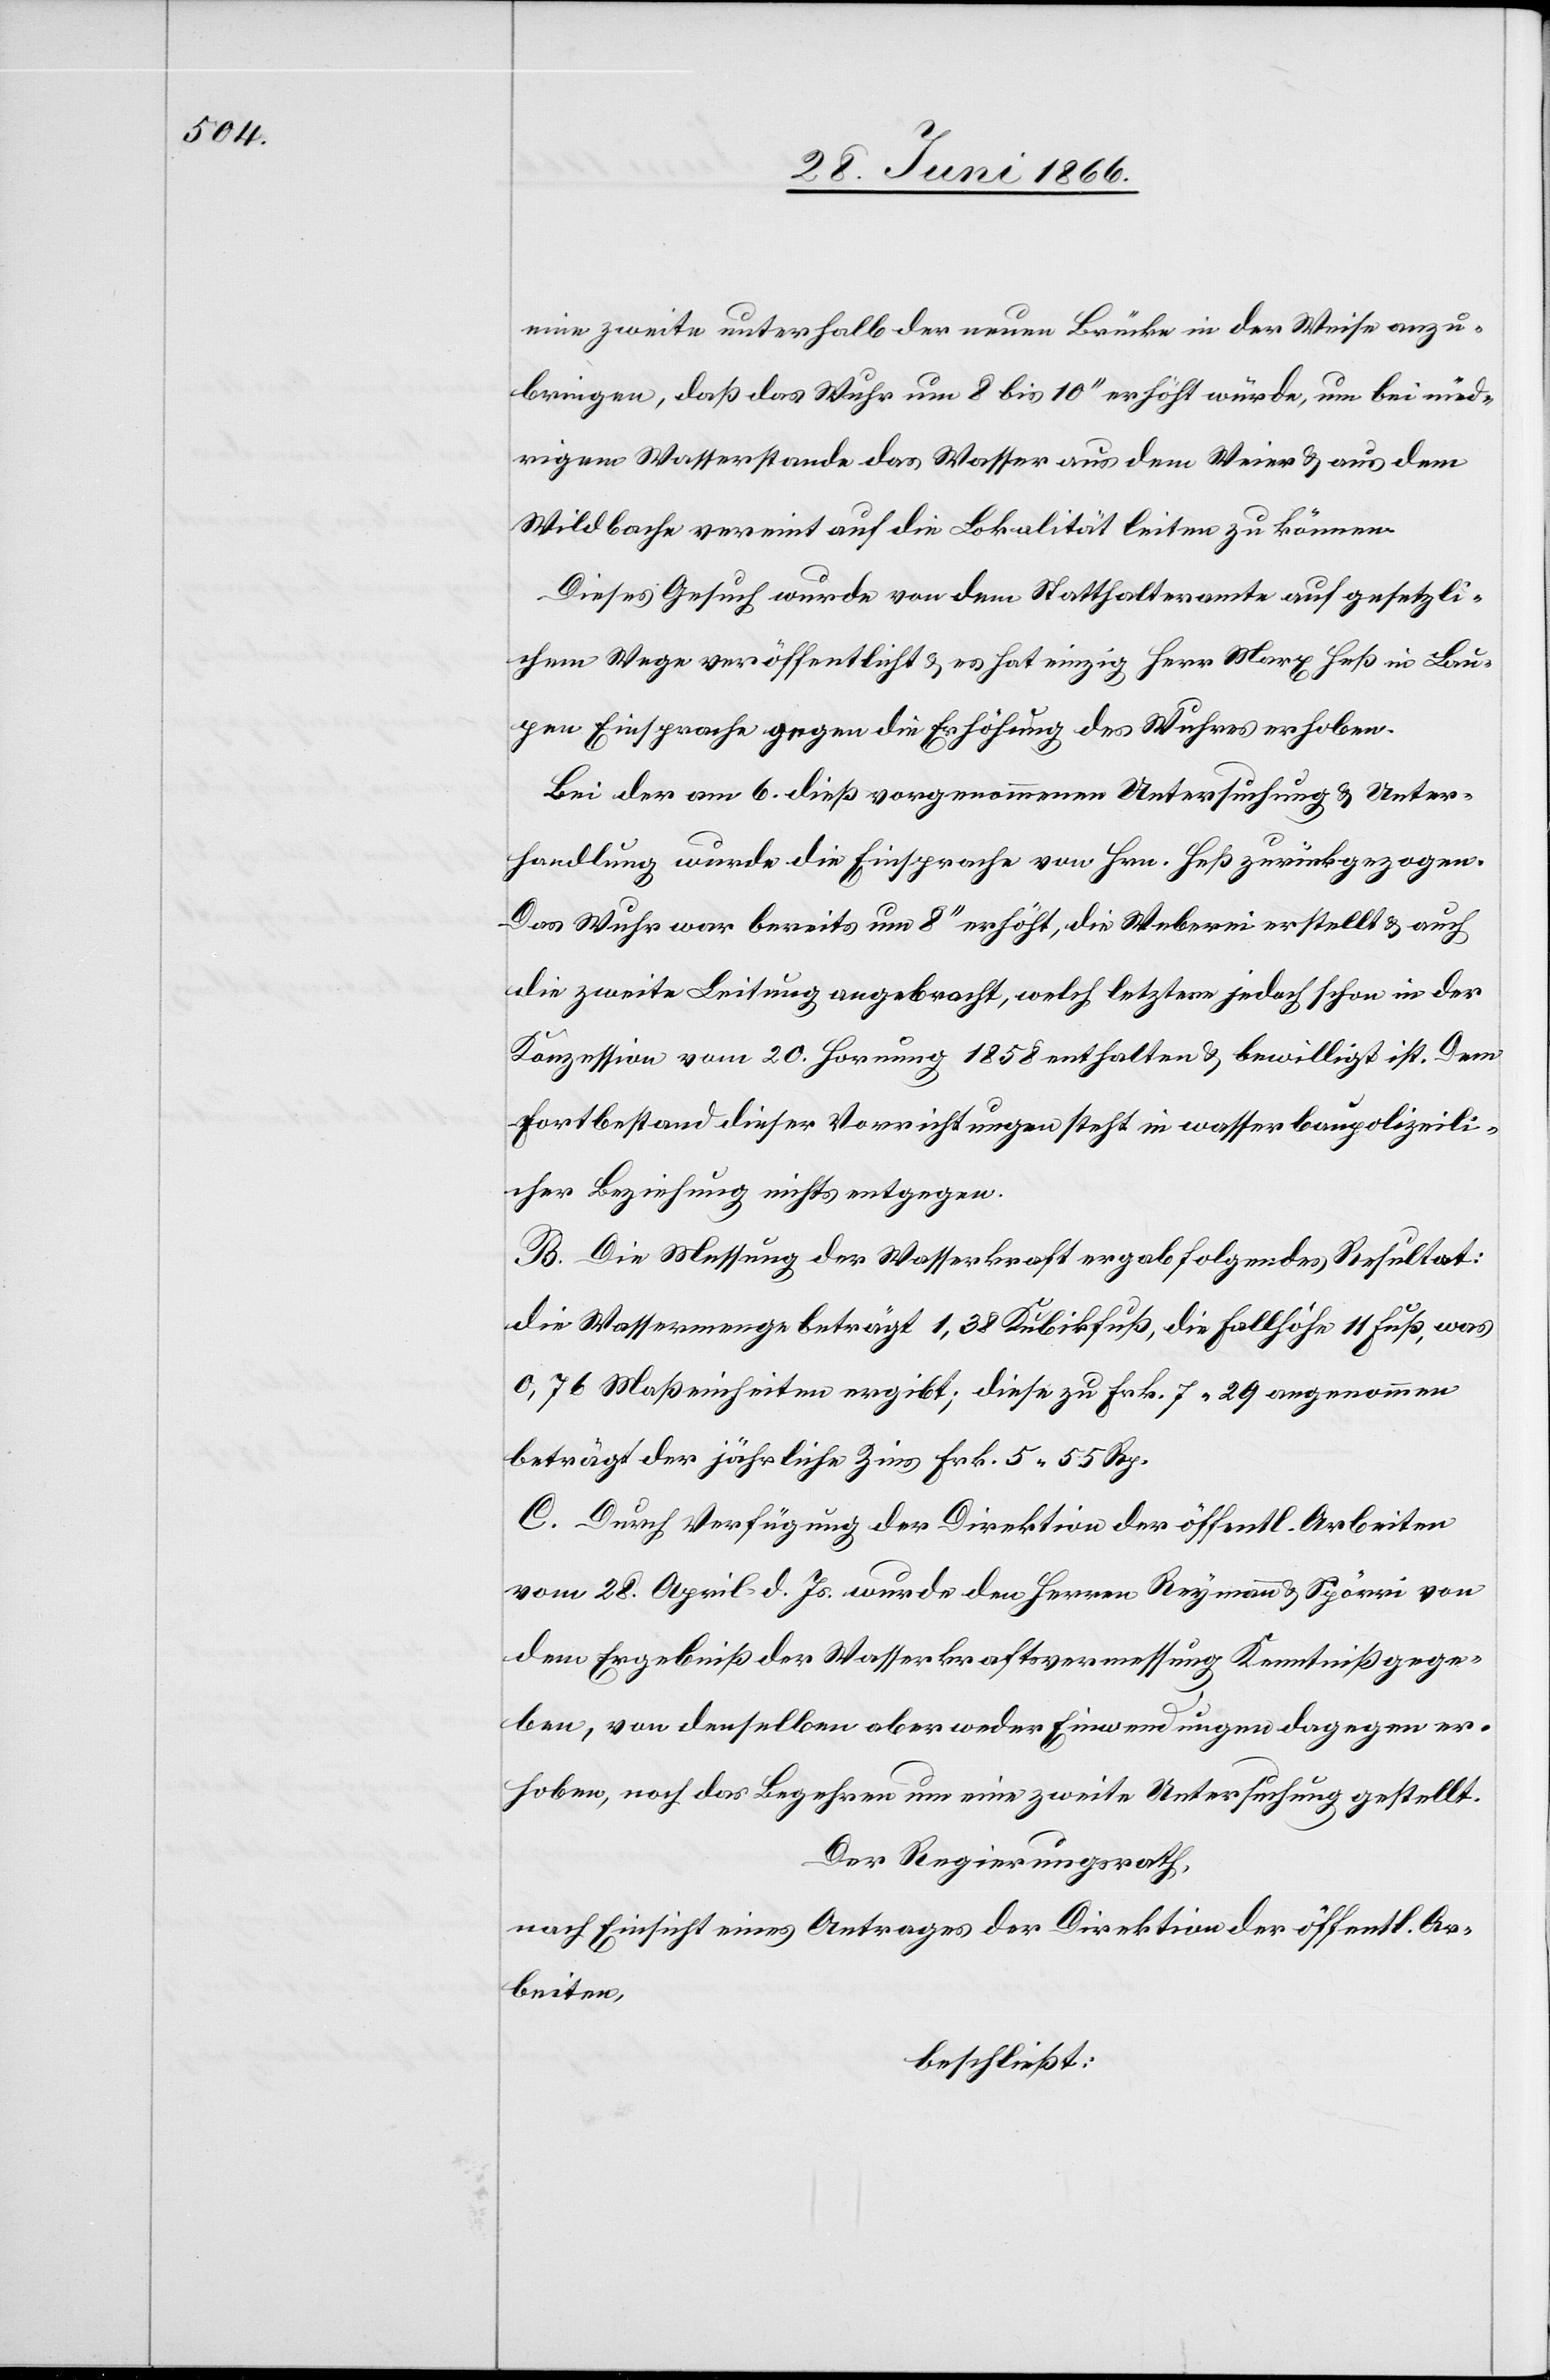
eine zweite unterhalb der neuen Brücke in der Weise anzu¬
bringen, daß das Wuhr um 8 bis 10‘‘ erhöht würde, um bei nied¬
rigem Wasserstande das Wasser aus dem Weier u. aus dem
Wildbache vereint auf die Lokalität leiten zu können.
Dieses Gesuch wurde von dem Statthalteramte auf gesetzli¬
chem Wege veröffentlicht u. es hat einzig Herr Marx Heß in Lau¬
pen Einsprache gegen die Erhöhung des Wuhres erhoben.
Bei der am 6. dieß vorgenommenen Untersuchung u. Unter¬
handlung wurde die Einsprache von Hrn. Heß zurückgezogen.
Das Wuhr war bereits um 8‘‘ erhöht, die Weberei erstellt u. auch
die zweite Leitung angebracht, welch letztere jedoch schon in der
Konzession vom 20. Hornung 1858 enthalten u. bewilligt ist. Dem
Fortbestand dieser Vorrichtungen steht in wasserbaupolizeili¬
cher Beziehung nichts entgegen.
B. Die Messung der Wasserkraft ergab folgendes Resultat:
die Wassermenge beträgt 1,38 Kubikfuß, die Fallhöhe 11 Fuß, was
0,76 Maßeinheiten ergibt; diese zu Frk. 7.29 angenommen
beträgt der jährliche Zins Frk. 5.55 Rp.
C. Durch Verfügung der Direktion der öffentl. Arbeiten
vom 28. April d. Js. wurde den Herren Reymann u. Spörri von
dem Ergebniß der Wasserkraftsvermessung Kenntniß gege¬
ben, von denselben aber weder Einwendungen dagegen er¬
hoben, noch das Begehren um eine zweite Untersuchung gestellt.
Der Regierungsrath,
nach Einsicht eines Antrages der Direktion der öffentl. Ar¬
beiten,
beschließt: